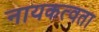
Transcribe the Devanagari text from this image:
नायकत्वता